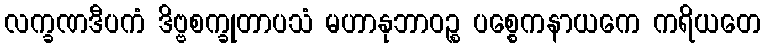
လက္ခဏဒီပကံ ဒိဗ္ဗစက္ခုတာပသံ မဟာနုဘာဝဉ္စ ပစ္စေကနာယကေ ကရိယတေ